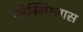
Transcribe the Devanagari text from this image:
प्लेक्सिग्लास